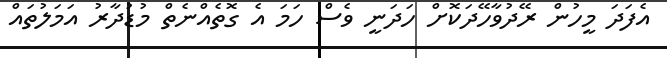
އެފަދަ މީހުން ރޭދުވާހޭދަކޮށް ހަދަނީ ވެސް ހަމަ އެ ގޮތެއްނެތް މުޑުދާރު އަމަލުތައް